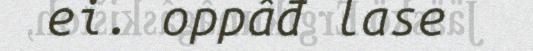
ei. oppâđ lase